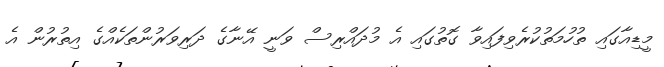
މީޑިއާގައި ތުހުމަތުކުރެވިފައިވާ ގޮތުގައި އެ މުދައްރިސް ވަނީ އޭނާގެ ދަރިވަރުންތަކެއްގެ އިތުރުން އެ